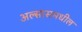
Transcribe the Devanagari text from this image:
अल्सासमधील